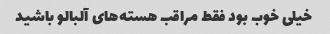
خیلی خوب بود فقط مراقب هسته‌های آلبالو باشید